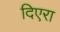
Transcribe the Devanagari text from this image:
दिएरा